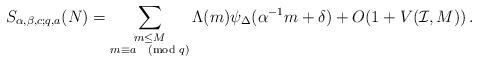
LaTeX: \begin{align*}S_{\alpha,\beta,c;q,a}(N)=\sum_{\substack{m\leq M\\m\equiv a\pmod{q}}} \Lambda(m)\psi_\Delta(\alpha^{-1}m+\delta)+O(1+V(\mathcal{I},M))\,.\end{align*}